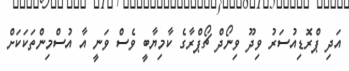
އަދި ޕްރޮޑިއުސަރު ވިދޫ ވިނޯދް ޗޯޕްރާގެ ކާމިޔާބީ ވެސް ވަނީ އާ އުސްމިންތަކަކަށް